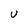
Character: u